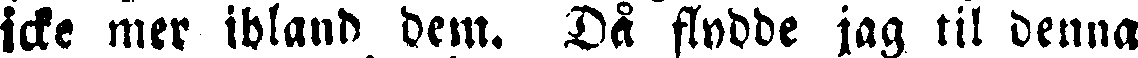
icke mer ibland dem. Då flydde jag til denna